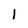
Character: I